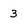
Character: 3